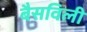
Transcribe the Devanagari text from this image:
बैसविली